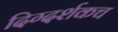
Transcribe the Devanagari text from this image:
दिग्दर्शकच